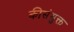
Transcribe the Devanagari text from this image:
कीसंयुक्त